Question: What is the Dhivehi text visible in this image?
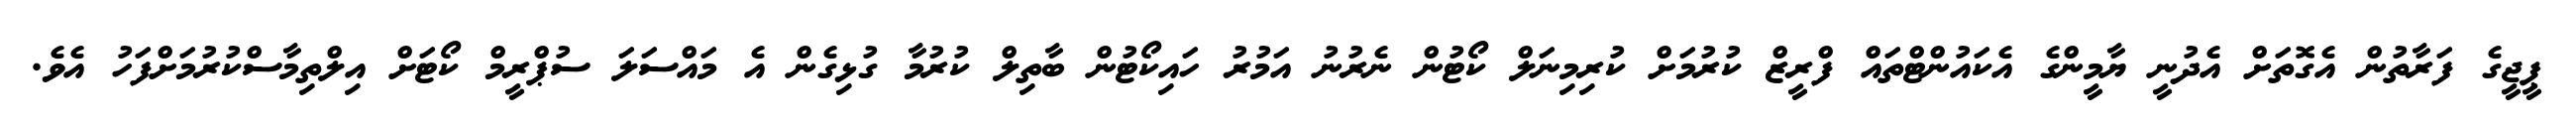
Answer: ޕީޖީގެ ފަރާތުން އެގޮތަށް އެދުނީ ޔާމީންގެ އެކައުންޓްތައް ފްރީޒް ކުރުމަށް ކުރިމިނަލް ކޯޓުން ނެރުނު އަމުރު ހައިކޯޓުން ބާތިލް ކުރުމާ ގުޅިގެން އެ މައްސަލަ ސުޕްރީމް ކޯޓަށް އިލްތިމާސްކުރުމަށްފަހު އެވެ.